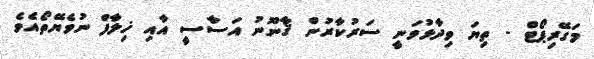
މަގޭރިޕޯޓް - ތިޔަ ވިދާޅުވަނީ ސަރުކާރުން ޤާނޫނު އަސާސީ އާއި ޚިލާފް ނުވެޔޭތޯއެވެ